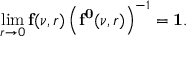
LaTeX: \operatorname * { l i m } _ { r \to 0 } { \bf f } ( \nu , r ) \left( { \bf f ^ { 0 } } ( \nu , r ) \right) ^ { - 1 } = { \bf 1 } .